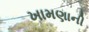
ખામણાની